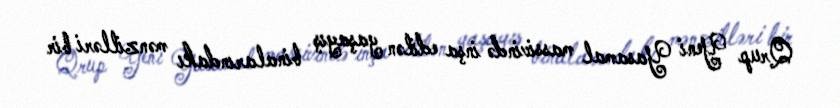
Qrup Yeni Yasamal massivində inşa edilən yaşayış binalarındakı mənzilləri bir